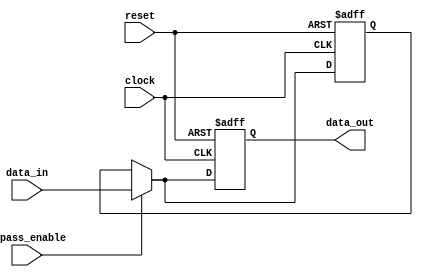
module timing_control_and_synchronization_block (
    input wire [7:0] data_in,
    input wire bypass_enable,
    input wire clock,
    input wire reset,
    output reg [7:0] data_out
);

reg [7:0] bypass_data;

always @ (posedge clock or posedge reset) begin
    if (reset) begin
        bypass_data <= 8'b0;
    end else begin
        if (bypass_enable) begin
            bypass_data <= data_in;
        end else begin
            bypass_data <= bypass_data;
        end
    end
end

always @ (posedge clock or posedge reset) begin
    if (reset) begin
        data_out <= 8'b0;
    end else begin
        if (bypass_enable) begin
            data_out <= data_in;
        end else begin
            data_out <= bypass_data;
        end
    end
end

endmodule